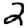
Digit: 2